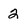
Character: 2